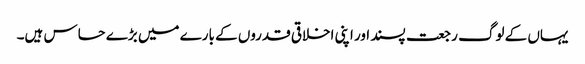
یہاں کے لوگ رجعت پسند اور اپنی اخلاقی قدروں کے بارے میں بڑے حساس ہیں۔